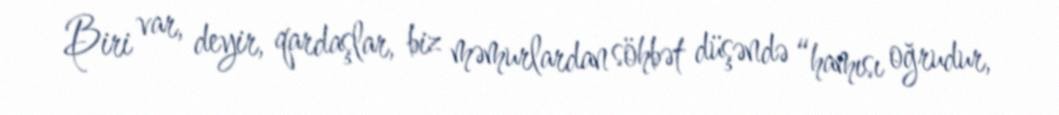
Biri var, deyir, qardaşlar, biz məmurlardan söhbət düşəndə “hamısı oğrudur,